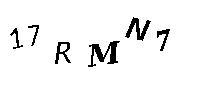
17RMN7